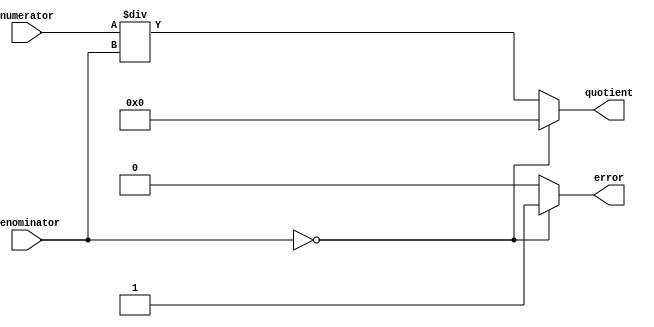
//-------------------------------------------------
// Cohort: OnOff
// Tony Tran, Hasan Kadado, Anthony Tran, Angel Gomez
//-------------------------------------------------

module SixteenBitDivision(input [15:0] numerator, input [15:0] denominator, output reg [31:0] quotient, output reg error);

    always @(numerator, denominator) begin
        if (denominator == 0) begin
            quotient = 32'd0;
            error = 1'b1;
        end else begin
            quotient = numerator / denominator;
            error = 1'b0;
        end
    end

endmodule



/*
module testbench();

reg [3:0]inputA;
reg [3:0]inputB;
wire [3:0] quotient;
wire error;

FourBitDivision D40(inputB,inputA,quotient,error);

initial begin
	inputB=4'b1111;
	inputA=4'b0010;
	#60;
	$display("%d,%d,%d,%d",inputB,inputA,quotient,error);

	inputB=4'b1111;
	inputA=4'b0000;
	#60;
	$display("%d,%d,%d,%d",inputB,inputA,quotient,error);

end
endmodule
*/